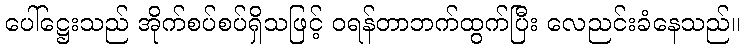
ပေါ်ဋ္ဌေးသည် အိုက်စပ်စပ်ရှိသဖြင့် ဝရန်တာဘက်ထွက်ပြီး လေညင်းခံနေသည်။